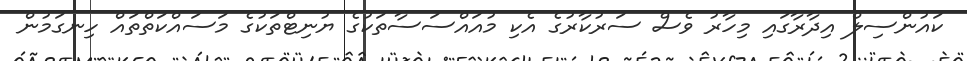
ކައުންސިލް އިދާރާގައި މިހާރު ވެސް ސަރުކާރުގެ އެކި މުއައްސަސާތަކުގެ ޔުނިޓްތަކުގެ މަސައްކަތްތައް ހިނގަމުން